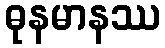
ဓုနမာနဿ